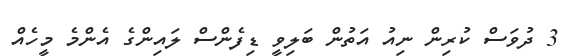
3 ދުވަަސް ކުރިން ނިއު އަތުން ބަލިވީ ޑިފެންސް ލައިންގެ އެންމެ މީހެއް